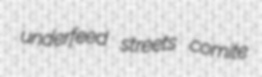
underfeed streets comite